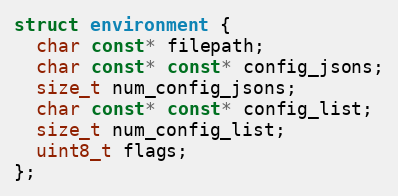
Language: C
struct environment {
  char const* filepath;
  char const* const* config_jsons;
  size_t num_config_jsons;
  char const* const* config_list;
  size_t num_config_list;
  uint8_t flags;
};